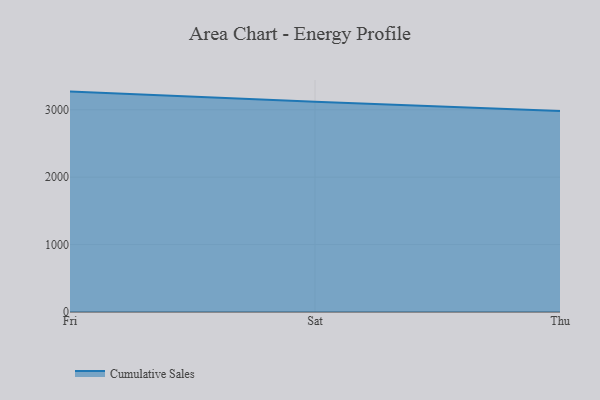
{"axis": {"x": "Day", "y": "Revenue (USD Million)"}, "legend": ["Cumulative Sales"], "data": [{"x": "Fri", "y": 3270.0, "type": "Cumulative Sales"}, {"x": "Sat", "y": 3120.1, "type": "Cumulative Sales"}, {"x": "Thu", "y": 2982.8, "type": "Cumulative Sales"}]}